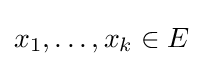
x_{1},\dots ,x_{k}\in E